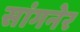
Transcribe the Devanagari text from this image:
सांगनेर